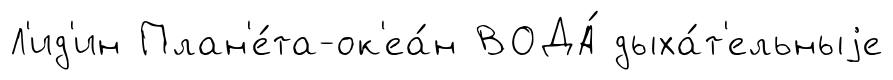
Л'ид'ин План'е́та-ок'еа́н ВОДА́ дыха́т'ельныjе